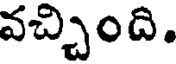
వచ్చింది.